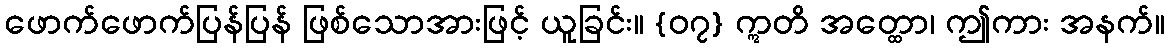
ဖောက်ဖောက်ပြန်ပြန် ဖြစ်သောအားဖြင့် ယူခြင်း။ {၀၇} ဣတိ အတ္ထော၊ ဤကား အနက်။